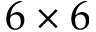
6 \times 6